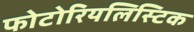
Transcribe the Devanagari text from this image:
फोटोरियलिस्टिक